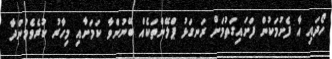
ހޯދައި އާ ފެށުމަކުން ފަށައިގަތުމަށް ރަނގަޅު ޕްލޭންތަކެއް ބޭނުންވާ ކަމަށާއި މިހާރު ކުރެވެމުންދާ